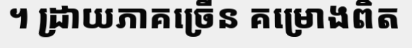
។ ដ្រាយភាគច្រើន គម្រោងពិត